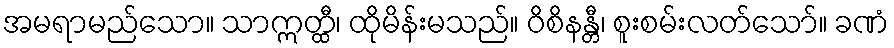
အမရာမည်သော။ သာဣတ္ထီ၊ ထိုမိန်းမသည်။ ဝိစိနန္တီ၊ စူးစမ်းလတ်သော်။ ခဏံ